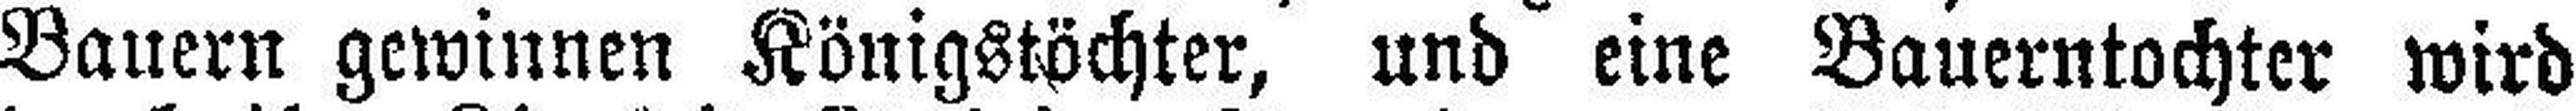
Bauern gewinnen Königstöchter, und eine Bauerntochter wird